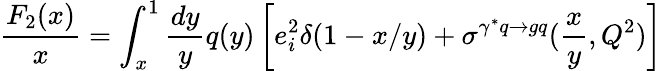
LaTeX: \frac{F_{2}(x)}{x}=\int_{x}^{1}\frac{dy}{y}q(y)\left[e_{i}^{2}\delta(1-x/y)+\sigma^{\gamma^{*}q\to gq}(\frac{x}{y},Q^{2})\right]